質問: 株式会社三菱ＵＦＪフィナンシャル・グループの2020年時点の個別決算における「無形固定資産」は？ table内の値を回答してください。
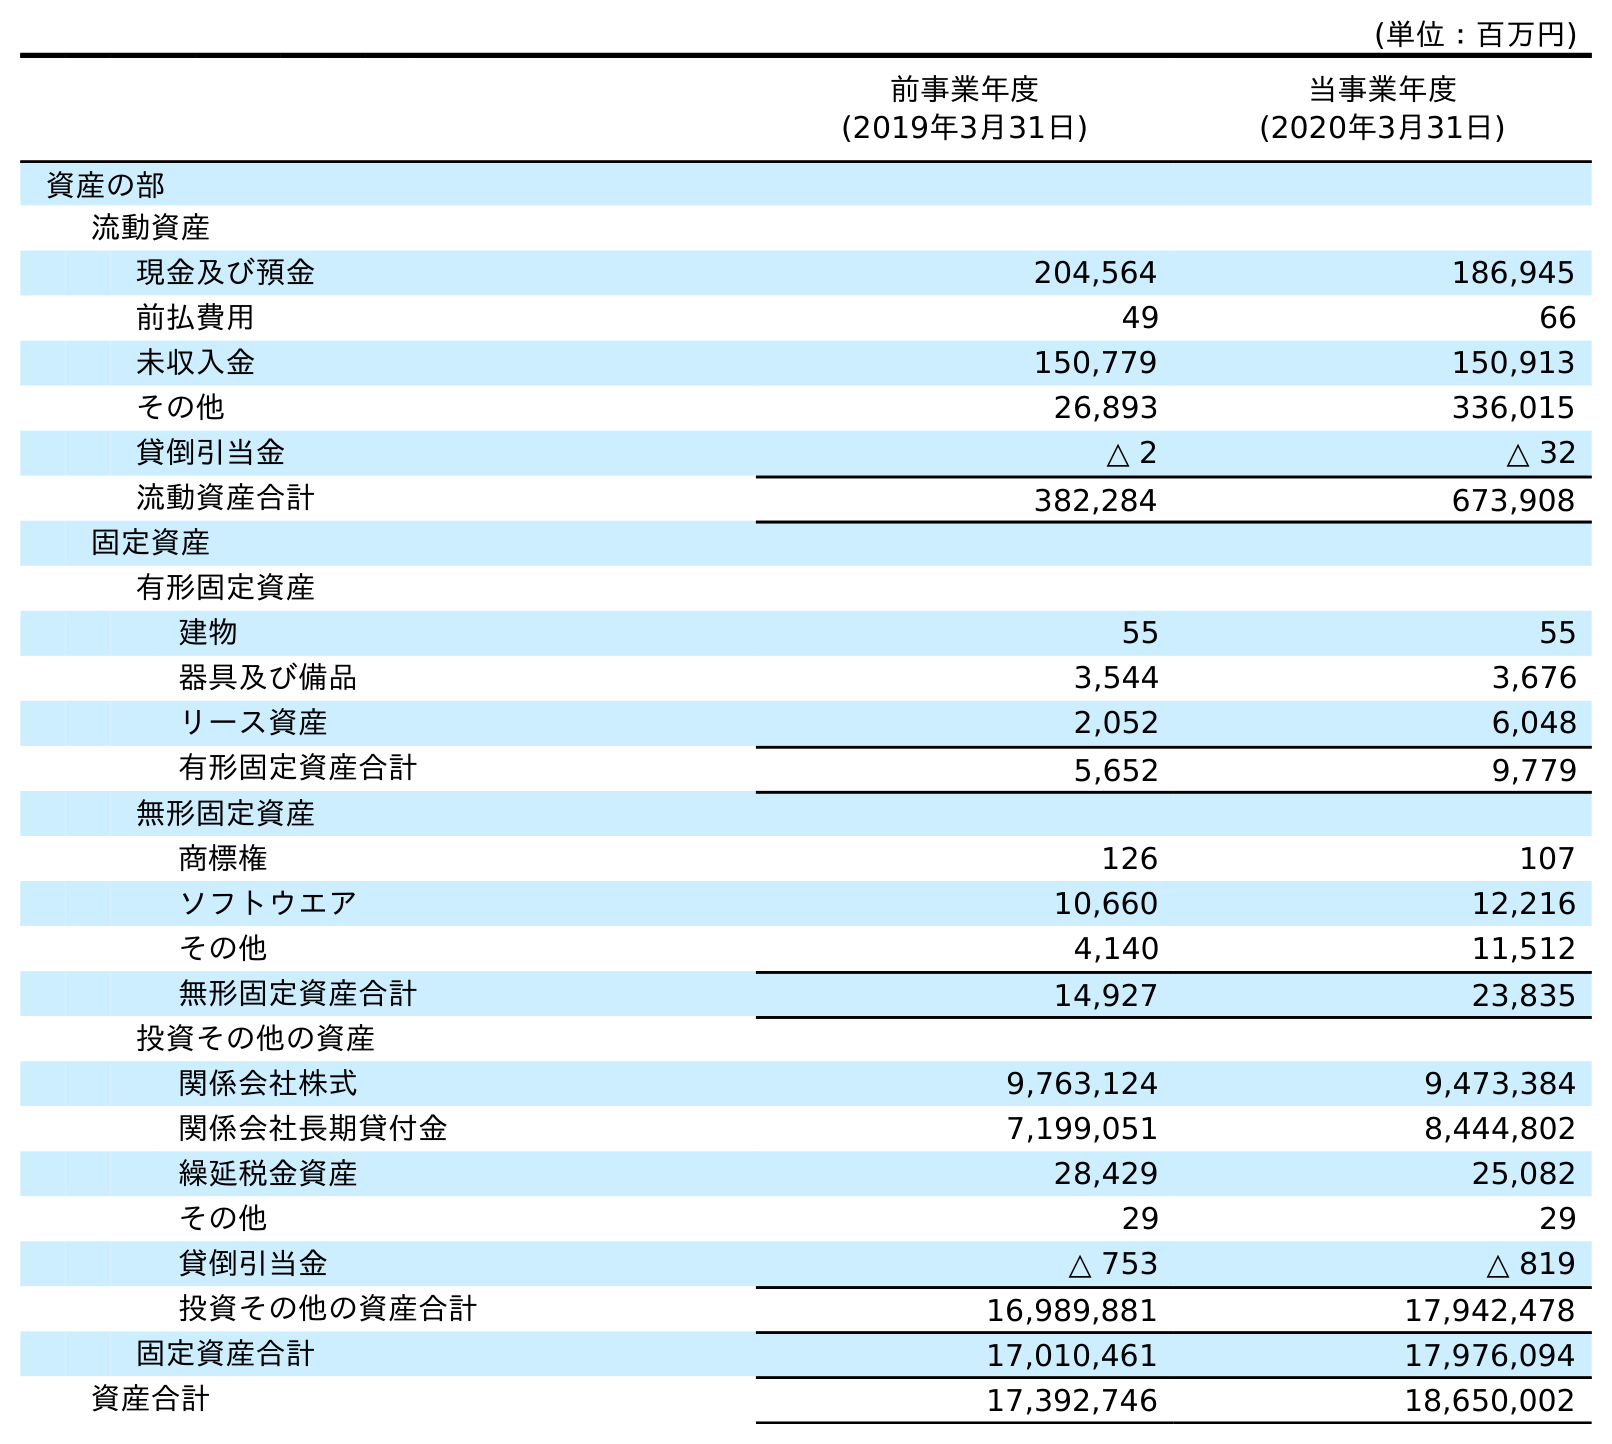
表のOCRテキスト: (単位：百万円) 前事業年度 (2019年3月31日) 当事業年度 (2020年3月31日) 資産の部 流動資産 現金及び預金 204,564 186,945 前払費用 49 66 未収入金 150,779 150,913 その他 26,893 336,015 貸倒引当金 △ 2 △ 32 流動資産合計 382,284 673,908 固定資産 有形固定資産 建物 55 55 器具及び備品 3,544 3,676 リース資産 2,052 6,048 有形固定資産合計 5,652 9,779 無形固定資産 商標権 126 107 ソフトウエア 10,660 12,216 その他 4,140 11,512 無形固定資産合計 14,927 23,835 投資その他の資産 関係会社株式 9,763,124 9,473,384 関係会社長期貸付金 7,199,051 8,444,802 繰延税金資産 28,429 25,082 その他 29 29 貸倒引当金 △ 753 △ 819 投資その他の資産合計 16,989,881 17,942,478 固定資産合計 17,010,461 17,976,094 資産合計 17,392,746 18,650,002
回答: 23,835